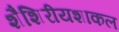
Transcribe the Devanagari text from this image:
शैशिरीयशाकल